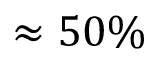
\approx 5 0 \%